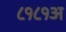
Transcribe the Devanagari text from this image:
८१८१अ